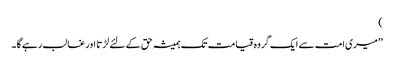
)
’’میری امت سے ایک گروہ قیامت تک ہمیشہ حق کے لئے لڑتا اور غالب رہے گا ۔